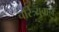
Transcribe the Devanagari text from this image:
चरित्र्यवान